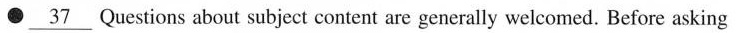
\bullet\underline{37}Questions about subject content are generally welcomed. Before asking